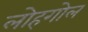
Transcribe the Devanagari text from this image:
लोहगोल